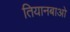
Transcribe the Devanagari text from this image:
तियानबाओ